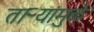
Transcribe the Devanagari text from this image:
ताऱ्यांमुळे